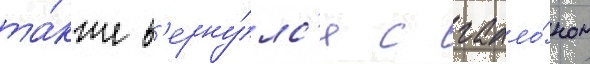
та́кже в'ерну́лс'я с галло́ном